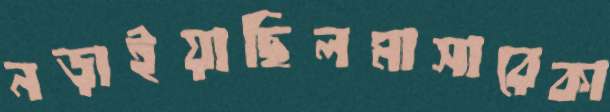
নড়াইয়াছিলমাসারেকা